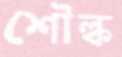
শৌল্ক